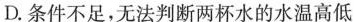
D.条件不足，无法判断两杯水的水温高低